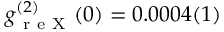
g _ { \mathrm { ~ r ~ e ~ X ~ } } ^ { ( 2 ) } ( 0 ) = 0 . 0 0 0 4 ( 1 )